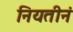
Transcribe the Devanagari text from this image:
नियतीनं